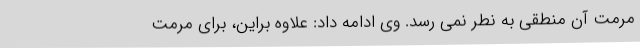
مرمت آن منطقی به نطر نمی رسد. وی ادامه داد: علاوه براین، برای مرمت